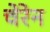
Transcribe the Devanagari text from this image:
चेरेन